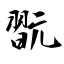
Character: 翫